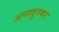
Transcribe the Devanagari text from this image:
अनादुरकर